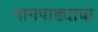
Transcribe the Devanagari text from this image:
नागपाड्याचा